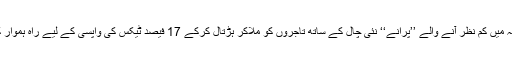
گو منظرنامہ میں کم نظر آنے والے ’’پرانے‘‘ نئی چال کے ساتھ تاجروں کو ملاکر ہڑتال کرکے 17 فیصد ٹیکس کی واپسی کے لیے راہ ہموار کررہے ہیں۔